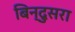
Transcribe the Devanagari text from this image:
बिन्दुसरा